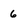
Character: 6